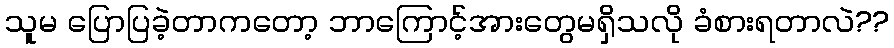
သူမ ပြောပြခဲ့တာကတော့ ဘာကြောင့်အားတွေမရှိသလို ခံစားရတာလဲ??